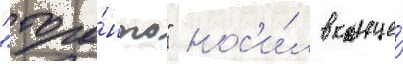
"торо́нто" нос'и́л в конце́